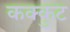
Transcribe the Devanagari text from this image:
कक्कुट